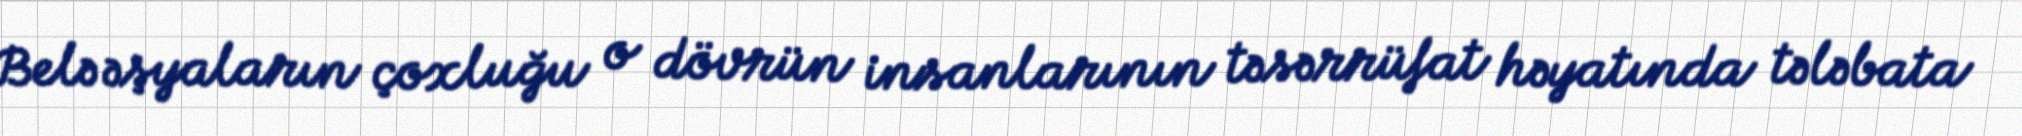
Belə əşyaların çoxluğu o dövrün insanlarının təsərrüfat həyatında tələbata